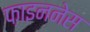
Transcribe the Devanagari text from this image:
फ़ाइननेस